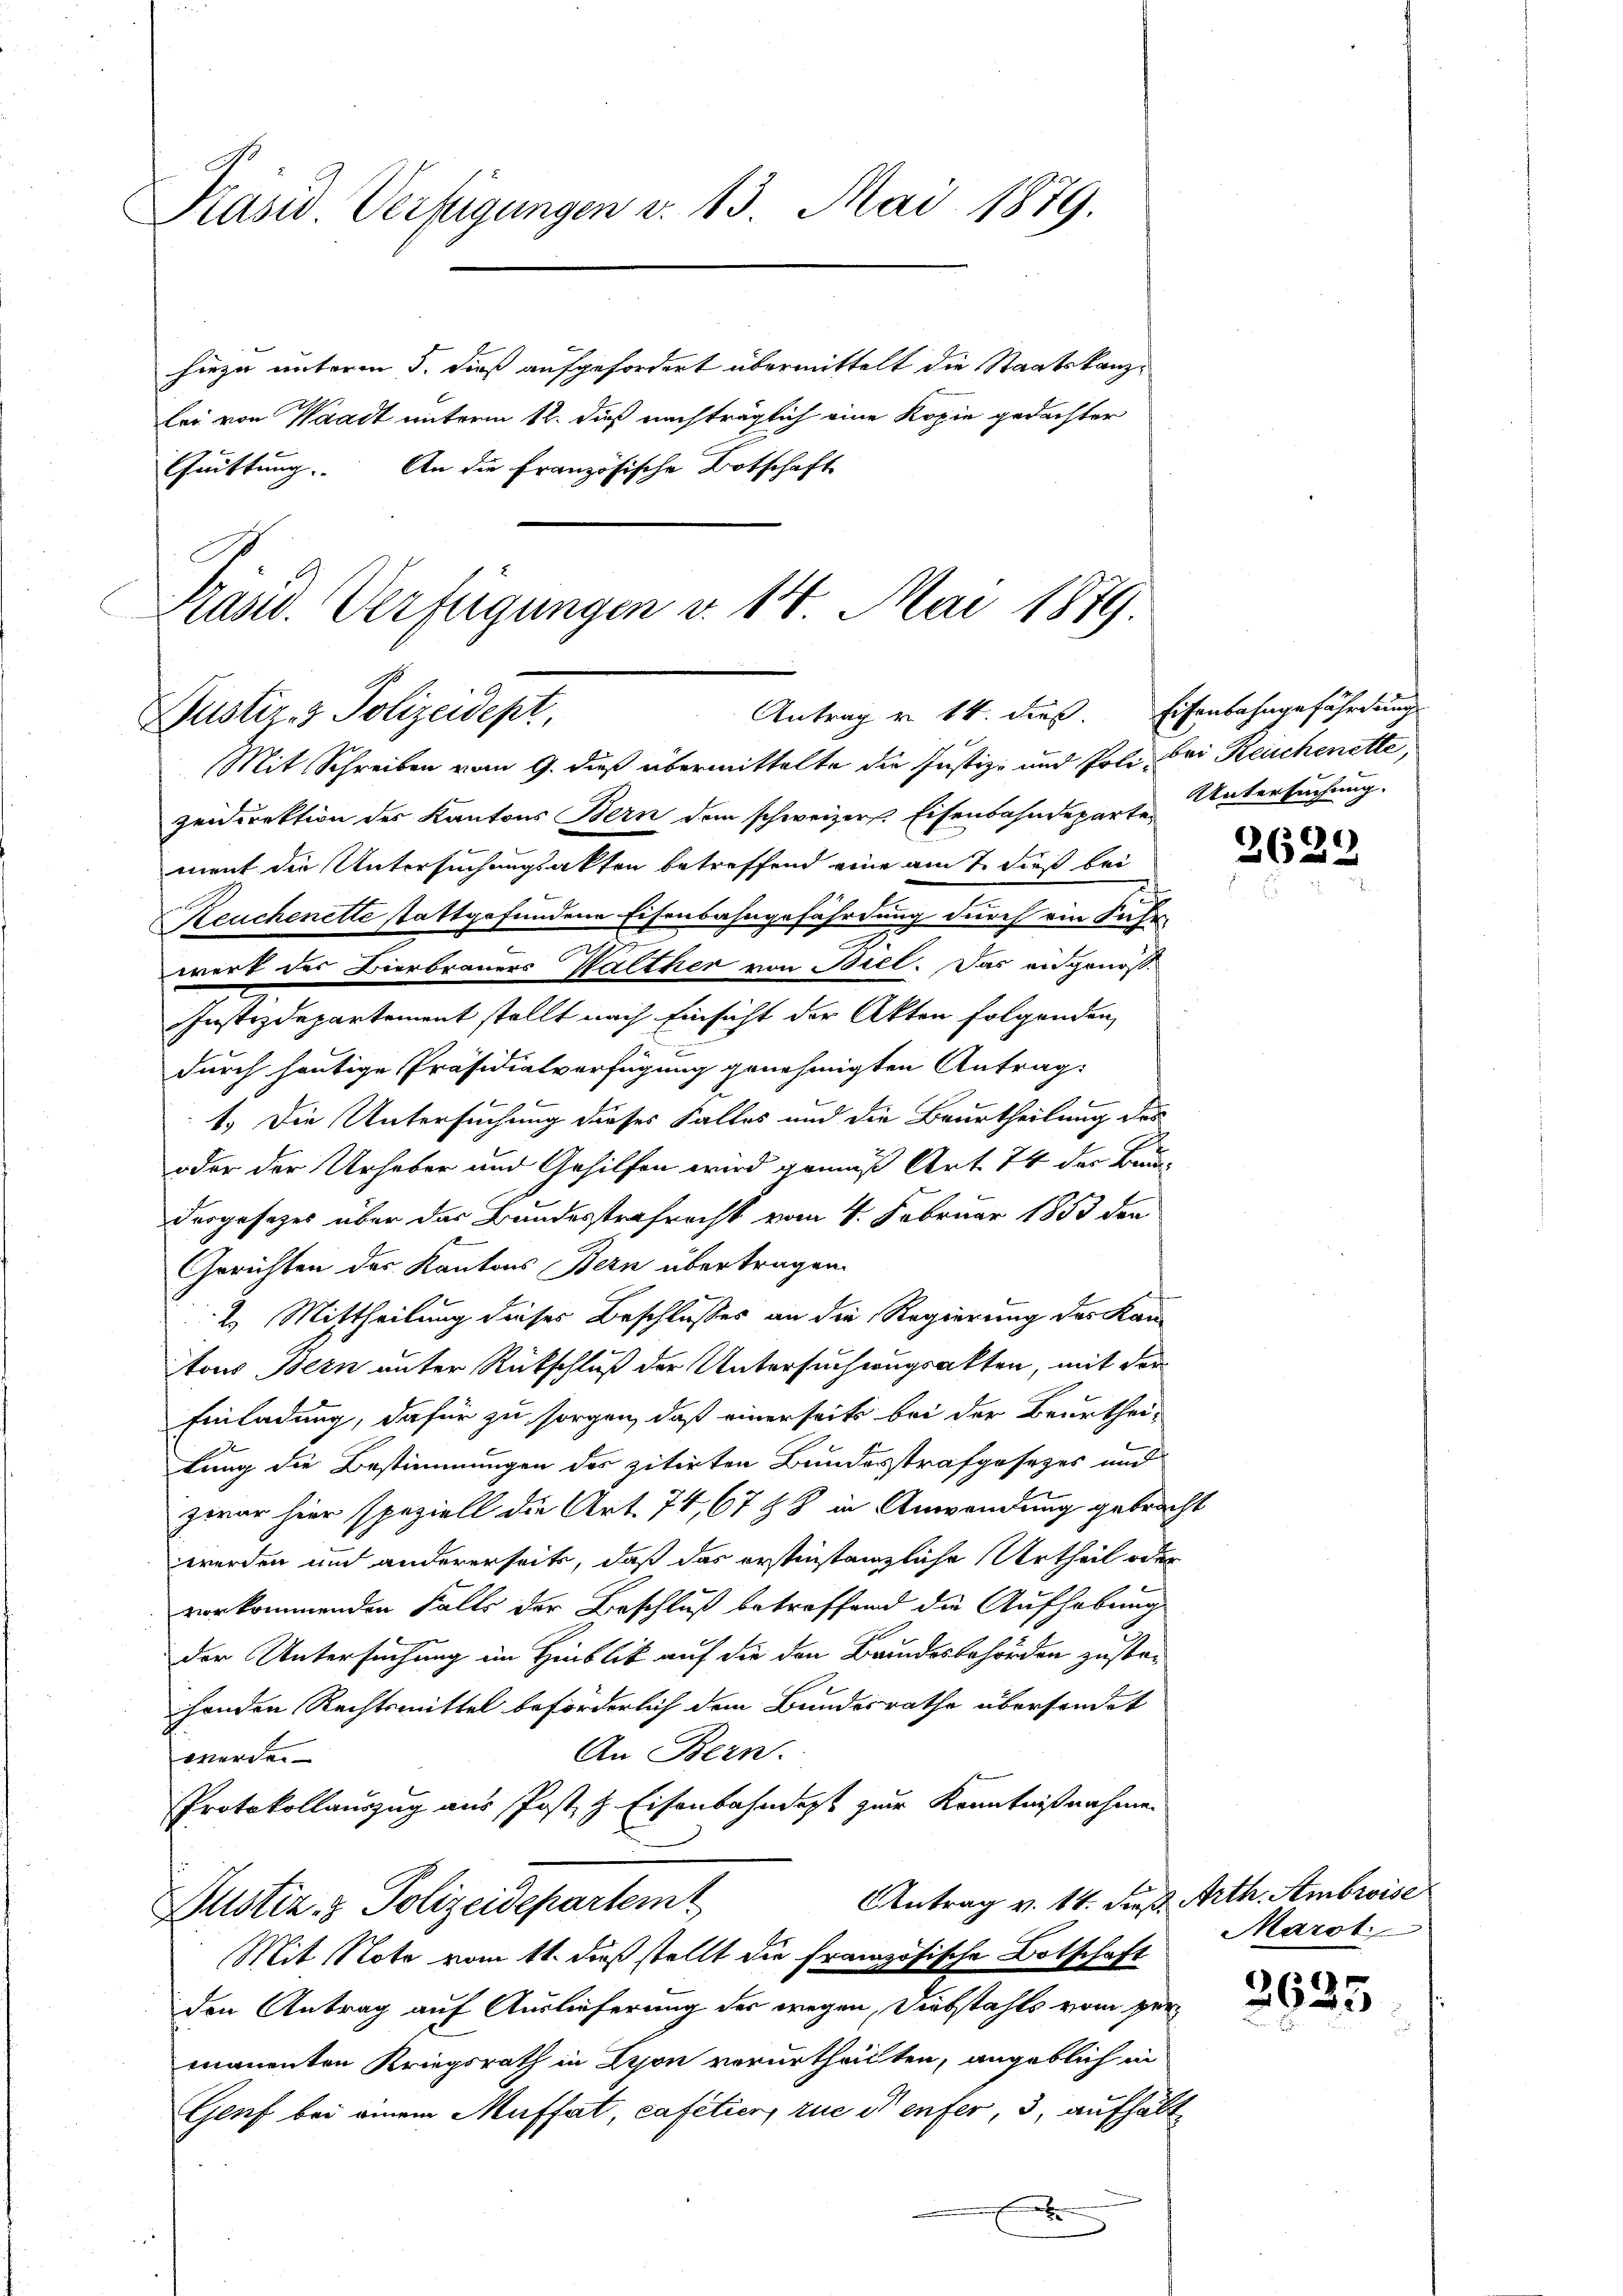
Präsid Verfügungen v. 13. Mai 1879.

hiezu unterm 5. dieß aufgefordert übermittelt die Staatskanzlei von Waadt unterm 12. dieß nachträglich eine Kopie gedachter
Guittung. An die Französische Botschaft

E
Justiz- & Polizeidept,

Pasid. Verfügungen v. 14 Mai 1879.

Mit Schreiben vom 9. dieß übermittelte die Justiz- und Poli bei Reichenette,
zeidirektion des Kantons Bern dem schweizers Eisenbahndeparte Untersuchung.
ment die Untersuchungsakten betreffend eine am 7. dieß bei
Reuchenette stattgefundene Eisenbahngefährdung durch ein Fahr
werk des Bierbrauers Walther von Biel. Das eidgenos¬
Justizdepartement stellt nach Einsicht der Akten folgenden
durch heutige Präsidialverfügung genehmigten Antrag:
 x
1.) Die Untersuchung dieses Falles und die Beurtheilung des
oder der Urheber und Gehilfen wird gemäß Art. 74 der Bundesgesetzes über das Bundesstrafrecht vom 4. Februar 1853 den
Gerichten des Kantons Bern übertragen.
2. Mittheilung dieses Beschlusses an die Regierung des Kan-
Atous Bern unter Rückschluß der Untersuchungsakten, mit der
Einladung, dafür zu sorgen, daß einerseits bei der Beurtheilung die Bestimmungen des zitirten Bundesstrafgesezes und
zwar hier speziell die Art. 74, 6788 in Anwendung gebracht
werden und andererseits, daß das erstinstanzliche Urtheil oder
vorkommenden Falls der Beschluß betreffend die Aufhebung
der Untersuchung im Hinblik auf die den Brundesbehörden zustehenden Rechtsmittel beförderlich dem Bundesrathe übersendet
An Bern.
werden
Protokollauszug aus Post, z. Eisenbahndest zur Kenntnißnahmen
Antrag v. 14. dieß Arth. Ambroise
Justiz- & Polizeidepartem
Mit Note vom 11. daß stellt die französische Botschaft
den Antrag auf Auslieferung der wegen, Diebstahls vom permanenten Kriegsrath in Schon verurtheilten, angeblich in
Genf bei einem Muffat, cafetier, zue es enfer, 3, aufhält
x

Antrag v. 14. dieß. Eisenbahngefährdung

2629

Marot.

2635